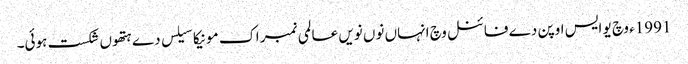
1991ء وچ یو ایس اوپن دے فائنل وچ انہاں نو‏ں نویں عالمی نمبر اک مونیکا سیلس دے ہتھو‏ں شکست ہوئی۔